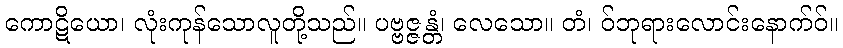
ကောဋိယော၊ လုံးကုန်သောလူတို့သည်။ ပဗ္ဗဇ္ဇန္တံ၊ လေသော။ တံ၊ ဝ်ဘုရားလောင်းနောက်ဝ်။